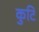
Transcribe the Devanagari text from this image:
कुटि